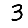
Digit: 3